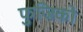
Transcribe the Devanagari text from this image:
फुजिको